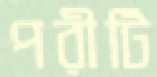
পরীটি